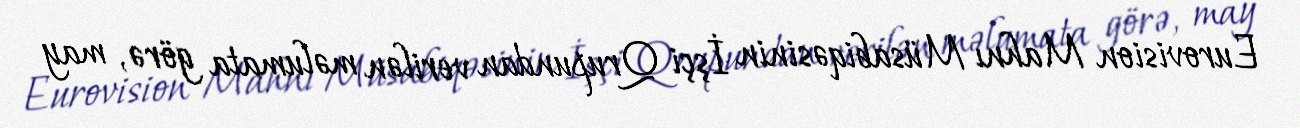
Eurovision Mahnı Müsabiqəsinin İşçi Qrupundan verilən məlumata görə, may